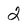
Character: 2